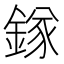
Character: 𨪂